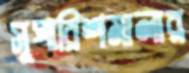
সুপারিশমালার